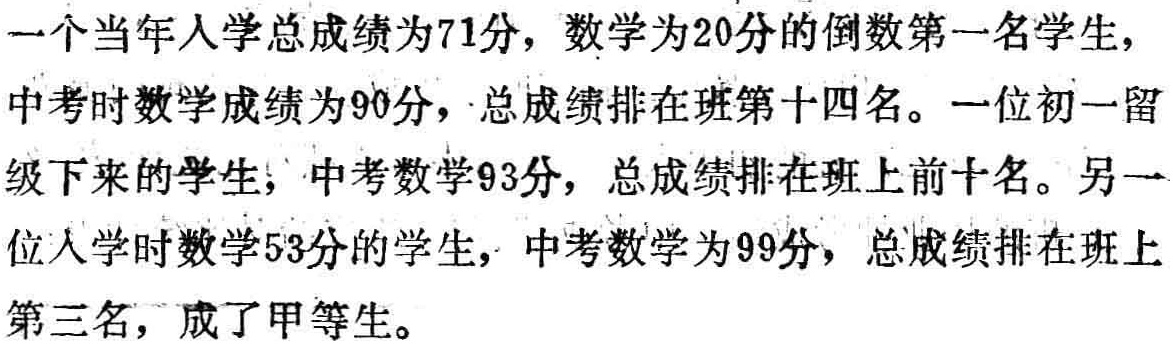
一个当年入学总成绩为71分，数学为20分的倒数第一名学生，中考时数学成绩为90分，总成绩排在班第十四名。一位初一留级下来的学生，中考数学93分，总成绩排在班上前十名。另一位入学时数学53分的学生，中考数学为99分，总成绩排在班上第三名，成了甲等生。